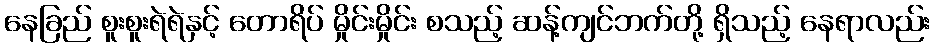
နေခြည် စူးစူးရဲရဲနှင့် တောရိပ် မှိုင်းမှိုင်း စသည့် ဆန့်ကျင်ဘက်တို့ ရှိသည့် နေရာလည်း